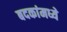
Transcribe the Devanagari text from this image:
बदकांमध्ये